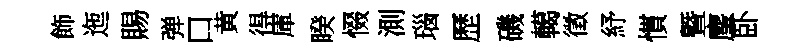
飾迤賜弹口黄得庫睽惙測瑙歷磯轕徵紓慣曁麈卧